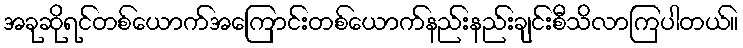
အခုဆိုရင်တစ်ယောက်အကြောင်းတစ်ယောက်နည်းနည်းချင်းစီသိလာကြပါတယ်။